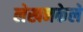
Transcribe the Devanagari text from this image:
लेखनकेले